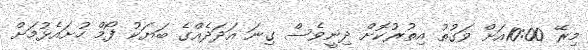
މިރޭ 10:00އަށް ވަގުތު އިތުރުކޮށް ދިނީވެސް ގިނަ އަދަދެއްގެ ބަޔަކު ފޯމް ހުށައެޅުމަށް